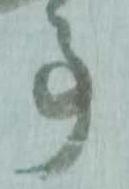
事